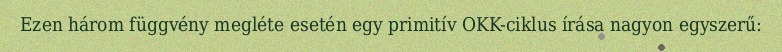
Ezen három függvény megléte esetén egy primitív OKK-ciklus írása nagyon egyszerű: